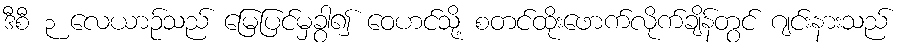
ဒီစီ ၃ လေယာဉ်သည် မြေပြင်မှခွာ၍ ဝေဟင်သို့ စတင်ထိုးဖောက်လိုက်ချိန်တွင် ဂျင်းနားသည်